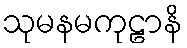
သုမနမကုဠာနိ